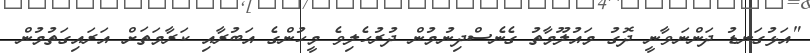
"އަޅުގަނޑު ދަންނަވާނީ ދޮގު މައުލޫމާތު ގެނެސްދިނުމުން ދުރުހެލިވެ މީހުންގެ އަބުރާއި ކަރާމަތަށް އަރައިގަތުމުން